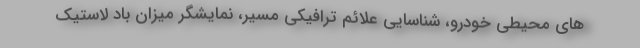
های محیطی خودرو، شناسایی علائم ترافیکی مسیر، نمایشگر میزان باد لاستیک